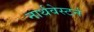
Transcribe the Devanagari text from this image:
नार्थवेस्टर्न